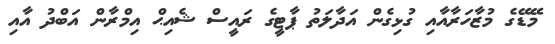
މޭޑޭގެ މުޒާހަރާއާއި ގުޅިގެން އަދާލަތު ޕާޓީގެ ރައީސް ޝެއިޙް އިމްރާން އަބްދު އާއި